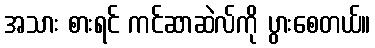
အသား စားရင် ကင်ဆာဆဲလ်ကို ပွားစေတယ်။